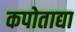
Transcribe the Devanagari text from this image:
कपोताद्या